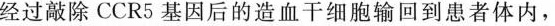
经过敲除CCR5基因后的造血干细胞输回到患者体内，